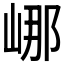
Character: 𡷙